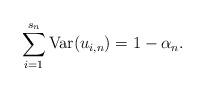
LaTeX: \begin{align*}\sum_{i=1}^{s_{n}}\mbox{Var}(u_{i,n})=1-\alpha _{n}. \end{align*}